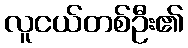
လူငယ်တစ်ဦး၏